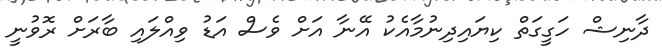
ދާނިޝް ހަގީގަތް ކިޔައިދިނުމާއެކު އޭނާ އަށް ވެސް އަޑު ވިއްލައި ބާރަށް ރޮވުނީ